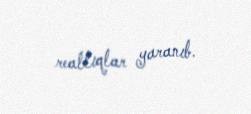
reallıqlar yaranıb.